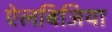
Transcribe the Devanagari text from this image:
ऐलबिजिया